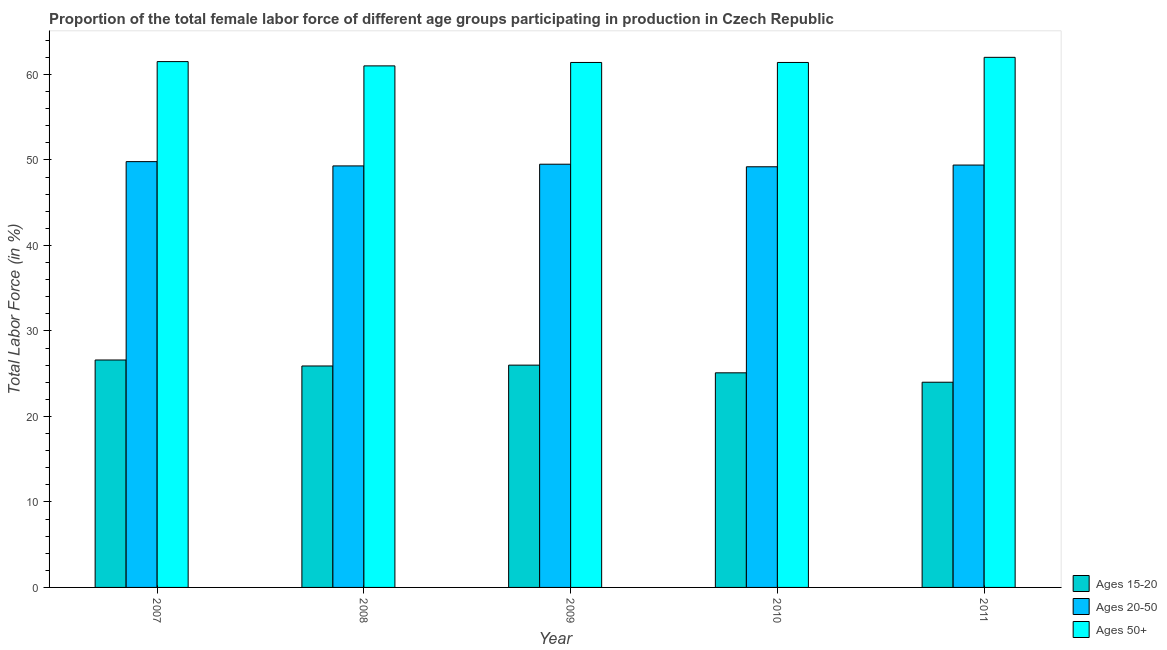
| Year | Ages 15-20 | Ages 20-50 | Ages 50+ |
 | --- | --- | --- | --- |
 | 2007 | 26.6 | 49.8 | 61.5 |
 | 2008 | 25.9 | 49.3 | 61 |
 | 2009 | 26 | 49.5 | 61.4 |
 | 2010 | 25.1 | 49.2 | 61.4 |
 | 2011 | 24 | 49.4 | 62 |